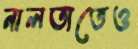
নালতাতেও